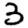
Digit: 3